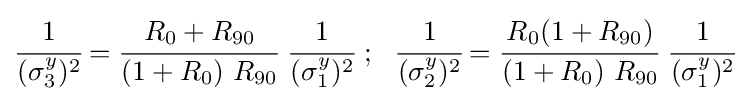
{\cfrac {1}{(\sigma _{3}^{y})^{2}}}={\cfrac {R_{0}+R_{90}}{(1+R_{0})~R_{90}}}~{\cfrac {1}{(\sigma _{1}^{y})^{2}}}~;~~{\cfrac {1}{(\sigma _{2}^{y})^{2}}}={\cfrac {R_{0}(1+R_{90})}{(1+R_{0})~R_{90}}}~{\cfrac {1}{(\sigma _{1}^{y})^{2}}}